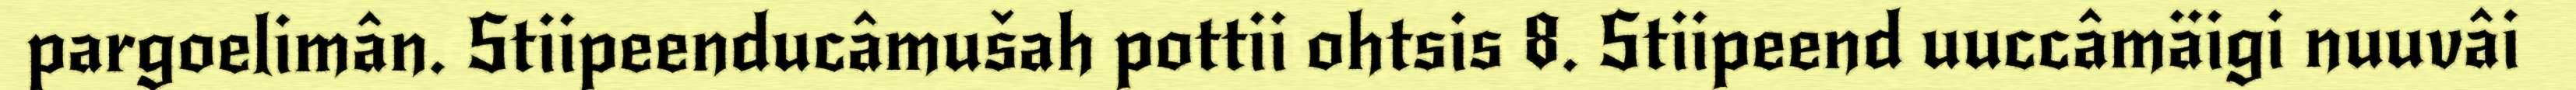
pargoelimân. Stiipeenducâmušah pottii ohtsis 8. Stiipeend uuccâmäigi nuuvâi